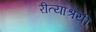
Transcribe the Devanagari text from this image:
रीत्याश्रयी